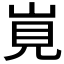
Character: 𡷹